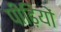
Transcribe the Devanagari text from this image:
पीढ़ियों